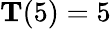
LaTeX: \mathbf{T}(5)=5